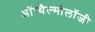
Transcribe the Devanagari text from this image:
ऑप्थैल्मोलॉजी